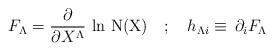
LaTeX: \begin{align*}F_\Lambda = \frac{\partial }{\partial X^\Lambda} \, \ln \, \mathrm{N(X)} \quad ; \quad h_{\Lambda i}\equiv \, \partial _i F_\Lambda\end{align*}